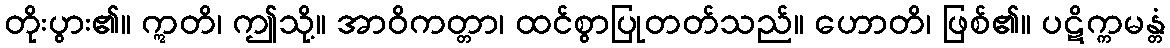
တိုးပွား၏။ ဣတိ၊ ဤသို့။ အာဝိကတ္တာ၊ ထင်စွာပြုတတ်သည်။ ဟောတိ၊ ဖြစ်၏။ ပဋိက္ကမန္တံ